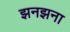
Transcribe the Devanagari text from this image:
झनझना